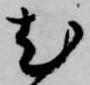
尤